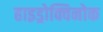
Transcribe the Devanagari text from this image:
हाइड्रोक्विनोक